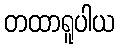
တထာရူပါယ